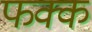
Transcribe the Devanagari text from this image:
फक्क